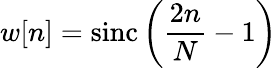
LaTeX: w[n]=\operatorname{sinc}\left({\frac{2n}{N}}-1\right)